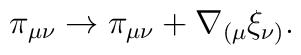
\pi_{\mu\nu} \rightarrow \pi_{\mu\nu} + \nabla_{(\mu}\xi_{\nu)}.